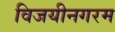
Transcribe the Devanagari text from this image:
विजयीनगरम